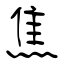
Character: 焦